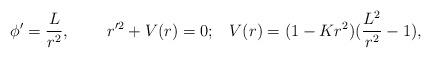
LaTeX: \begin{align*}\phi'=\frac{L}{r^2},\;\;\;\;\;\;\;\;r'^2+V(r)=0;\;\;\;V(r)=(1-Kr^2)(\frac{L^2}{r^2}-1),\end{align*}